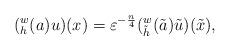
LaTeX: \begin{align*}(_h^w(a) u)(x)=\varepsilon^{-\frac{n}{4}} (_{\tilde h}^w(\tilde a) \tilde u)(\tilde x),\end{align*}